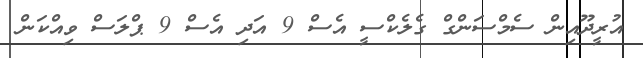
އުރީދޫއިން ސެމްސަންގް ގެލެކްސީ އެސް 9 އަދި އެސް 9 ޕްލަސް ވިއްކަން